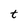
Character: t